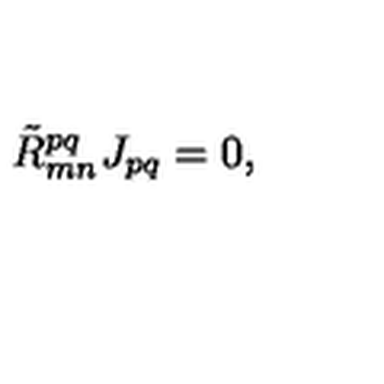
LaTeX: { \tilde { R } } _ { m n } ^ { p q } J _ { p q } = 0 ,